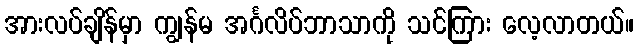
အားလပ်ချိန်မှာ ကျွန်မ အင်္ဂလိပ်ဘာသာကို သင်ကြား လေ့လာတယ်။